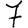
Digit: 7